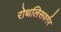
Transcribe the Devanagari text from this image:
रोथलिसवर्गर